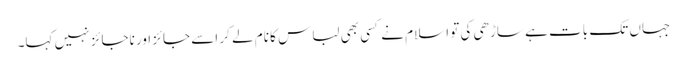
جہاں تک بات ہے ساڑھی کی تو اسلام نے کسی بھی لباس کا نام لے کر اسے جائز اور ناجائز نہیں کہا۔